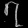
Digit: ၇